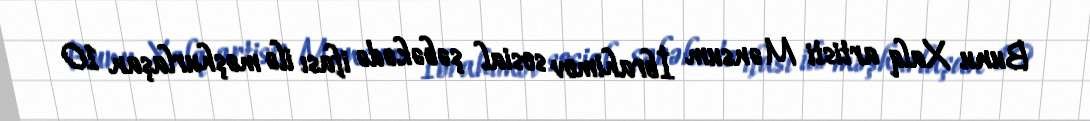
Bunu Xalq artisti Mənsum İbrahimov sosial şəbəkədə ifası ilə məşhurlaşan 10